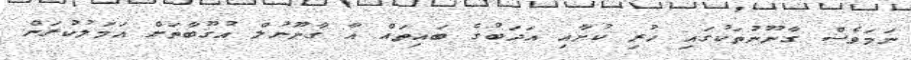
ނަމަވެސް ގާނޫނުތަކުގައި ހުރި ކުށާއި އަދަބުގެ ބައިތައް އާ ގާނޫނުލް އުގޫބާތަށް އަމަލުކުރަން